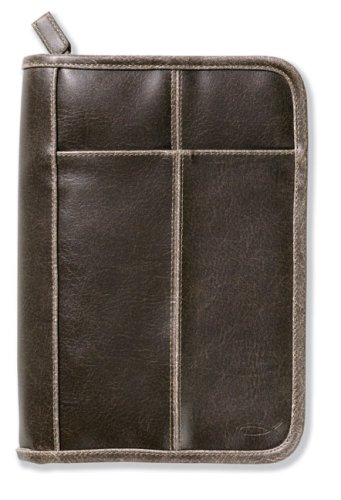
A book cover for Bible Cover: Distressed Leather-Look Brown with Stitching Accent Med; Zondervan; Christian Books & Bibles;